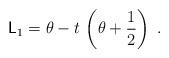
LaTeX: \begin{align*} \mathsf{L}_1 = \theta - t \, \left(\theta + \frac{1}{2}\right) \;.\end{align*}